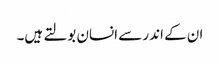
ان کے اندر سے انسان بولتے ہیں۔